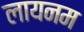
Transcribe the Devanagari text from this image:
लायनम